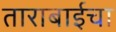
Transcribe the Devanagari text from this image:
ताराबाईचा